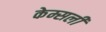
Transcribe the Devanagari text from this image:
केम्सली